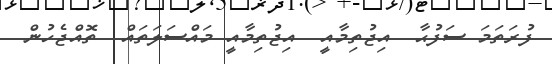
ފުރަތަމަ ސަފުޙާ  އިޖުތިމާއީ  އިޖުތިމާއީ މައްސަލަތައް  ތޮއްޖެހުން